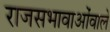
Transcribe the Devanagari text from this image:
राजसभावाओंवाले